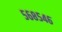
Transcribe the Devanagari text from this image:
५६८५४६